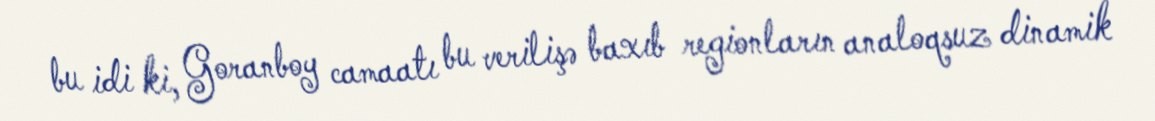
bu idi ki, Goranboy camaatı bu verilişə baxıb regionların analoqsuz dinamik